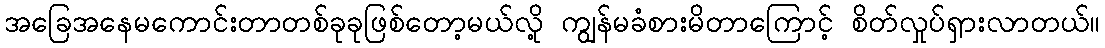
အခြေအနေမကောင်းတာတစ်ခုခုဖြစ်တော့မယ်လို့ ကျွန်မခံစားမိတာကြောင့် စိတ်လှုပ်ရှားလာတယ်။